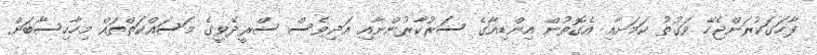
ފާހަގަކުރަންޖެހޭ ވަގުތު ކަމަށާއި އެގޮތުން އިންޑިއާގެ ސަރުކާރުންނާއި އަދިވެސް ސްރީދޭވީގެ މަސައްކަތްތައް މިހާހިސާބަށް